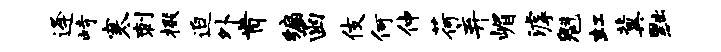
逄峙寒刺掇迫外肯编函伎何仲荷弃嵋滹魁虹冀黜